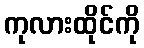
ကုလားထိုင်ကို